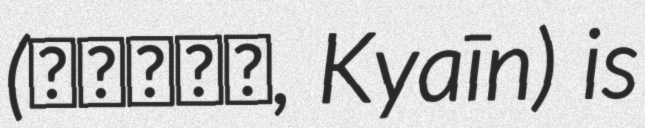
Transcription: (キャイ〜ン, Kyaīn) is